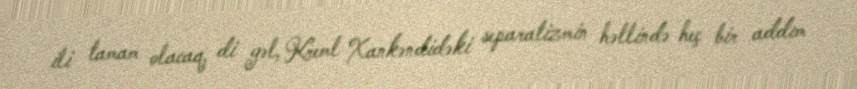
ili tamam olacaq, di gəl, Kreml Xankəndidəki separatizmin həllində heç bir addım